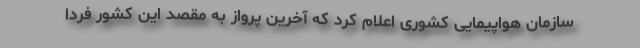
سازمان هواپیمایی کشوری اعلام کرد که آخرین پرواز به مقصد این کشور فردا